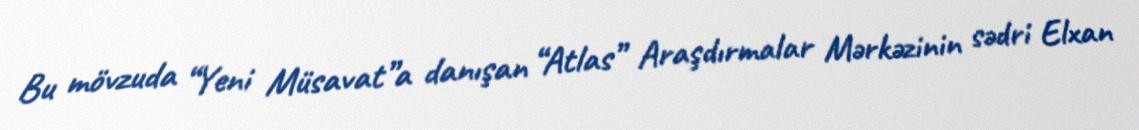
Bu mövzuda “Yeni Müsavat”a danışan “Atlas” Araşdırmalar Mərkəzinin sədri Elxan